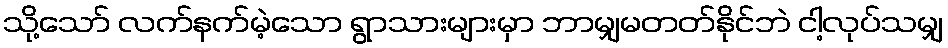
သို့သော် လက်နက်မဲ့သော ရွာသားများမှာ ဘာမျှမတတ်နိုင်ဘဲ ငါ့လုပ်သမျှ